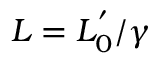
L = L _ { 0 } ^ { ' } / \gamma